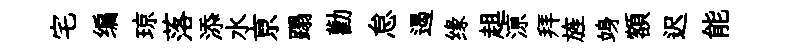
宅编琼落添水亰蹋勸怠遏缘趄鿌拜旌竧額迟能